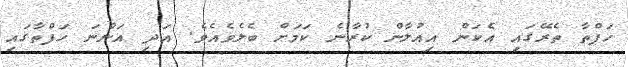
ހަފްތާ ތެރޭގައި އެކަން އިއުލާން ކުރާނެ ކަމަށް ބެލެވެއެވެ. އަދި އަންނަ ހަފްތާގައި